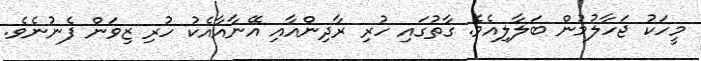
މީހަކު ޖަހާލުމުން ބަލާލިއެވެ. ގާތުގައި ހުރި ރާދިންއާއި އޭނާއާއެކު ހުރި ޒިވަން ފެނުނެވެ.